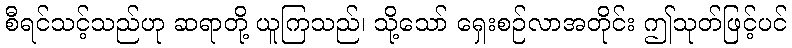
စီရင်သင့်သည်ဟု ဆရာတို့ ယူကြသည်၊ သို့သော် ရှေးစဉ်လာအတိုင်း ဤသုတ်ဖြင့်ပင်